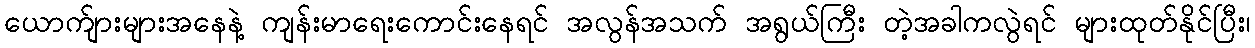
ယောက်ျားများအနေနဲ့ ကျန်းမာရေးကောင်းနေရင် အလွန်အသက် အရွယ်ကြီး တဲ့အခါကလွဲရင် များထုတ်နိုင်ပြီး၊